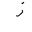
Letter: _zay